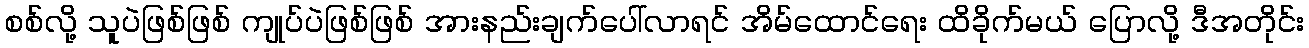
စစ်လို့ သူပဲဖြစ်ဖြစ် ကျုပ်ပဲဖြစ်ဖြစ် အားနည်းချက်ပေါ်လာရင် အိမ်ထောင်ရေး ထိခိုက်မယ် ပြောလို့ ဒီအတိုင်း